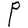
Character: P